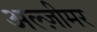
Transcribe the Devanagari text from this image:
अल्ज़ीमर